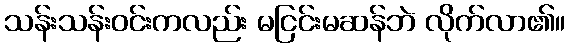
သန်းသန်းဝင်းကလည်း မငြင်းမဆန်ဘဲ လိုက်လာ၏။